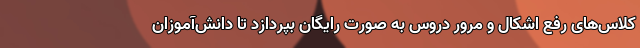
کلاس‌های رفع اشکال و مرور دروس به صورت رایگان بپردازد تا دانش‌آموزان